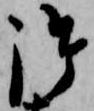
御